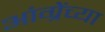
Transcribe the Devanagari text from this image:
आंग्रेंच्या